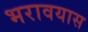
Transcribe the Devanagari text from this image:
भरावयास